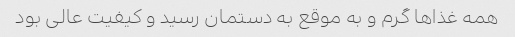
همه غذاها گرم و به موقع به دستمان رسید و کیفیت عالی بود